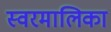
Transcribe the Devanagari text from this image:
स्वरमालिका